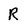
Character: R